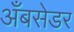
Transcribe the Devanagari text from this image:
अँबसेडर